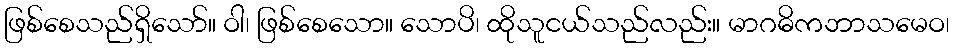
ဖြစ်စေသည်ရှိသော်။ ဝါ၊ ဖြစ်စေသော။ သောပိ၊ ထိုသူငယ်သည်လည်း။ မာဂဓိကဘာသမေဝ၊